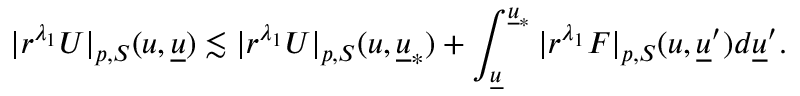
| r ^ { \lambda _ { 1 } } U | _ { p , S } ( u , { \underline { { u } } } ) \lesssim | r ^ { \lambda _ { 1 } } U | _ { p , S } ( u , { \underline { { u } } } _ { * } ) + \int _ { { \underline { { u } } } } ^ { { \underline { { u } } } _ { * } } | r ^ { \lambda _ { 1 } } F | _ { p , S } ( u , { \underline { { u } } } ^ { \prime } ) d { \underline { { u } } } ^ { \prime } .